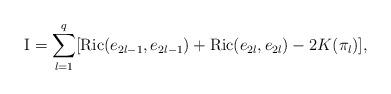
LaTeX: \begin{align*}\textrm{I} = \sum_{l=1}^q[\textrm{Ric}(e_{2l-1},e_{2l-1}) +\textrm{Ric}(e_{2l},e_{2l})-2K(\pi_{l})],\end{align*}